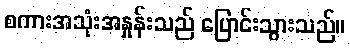
စကားအသုံးအနှုန်းသည် ပြောင်းသွားသည်။